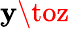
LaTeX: \mathbf{y}\toz